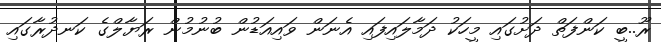
ރޫ..ބީ ކަންފަތް ދަށުގައި މީހަކު ދަމާލައިފައި އެނަން ވައިއަޑުން ބުނުމުން ރަޔާލްގެ ކަނދުރާގައި